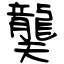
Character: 龑